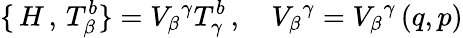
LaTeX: \{ \, H\, ,\, T_{\beta}^{b}\} =V_{\beta}{}^{\gamma}T_{\gamma}^{b}\, ,\quad V_{\beta}{}^{\gamma}=V_{\beta}{}^{\gamma}\, (q,p)